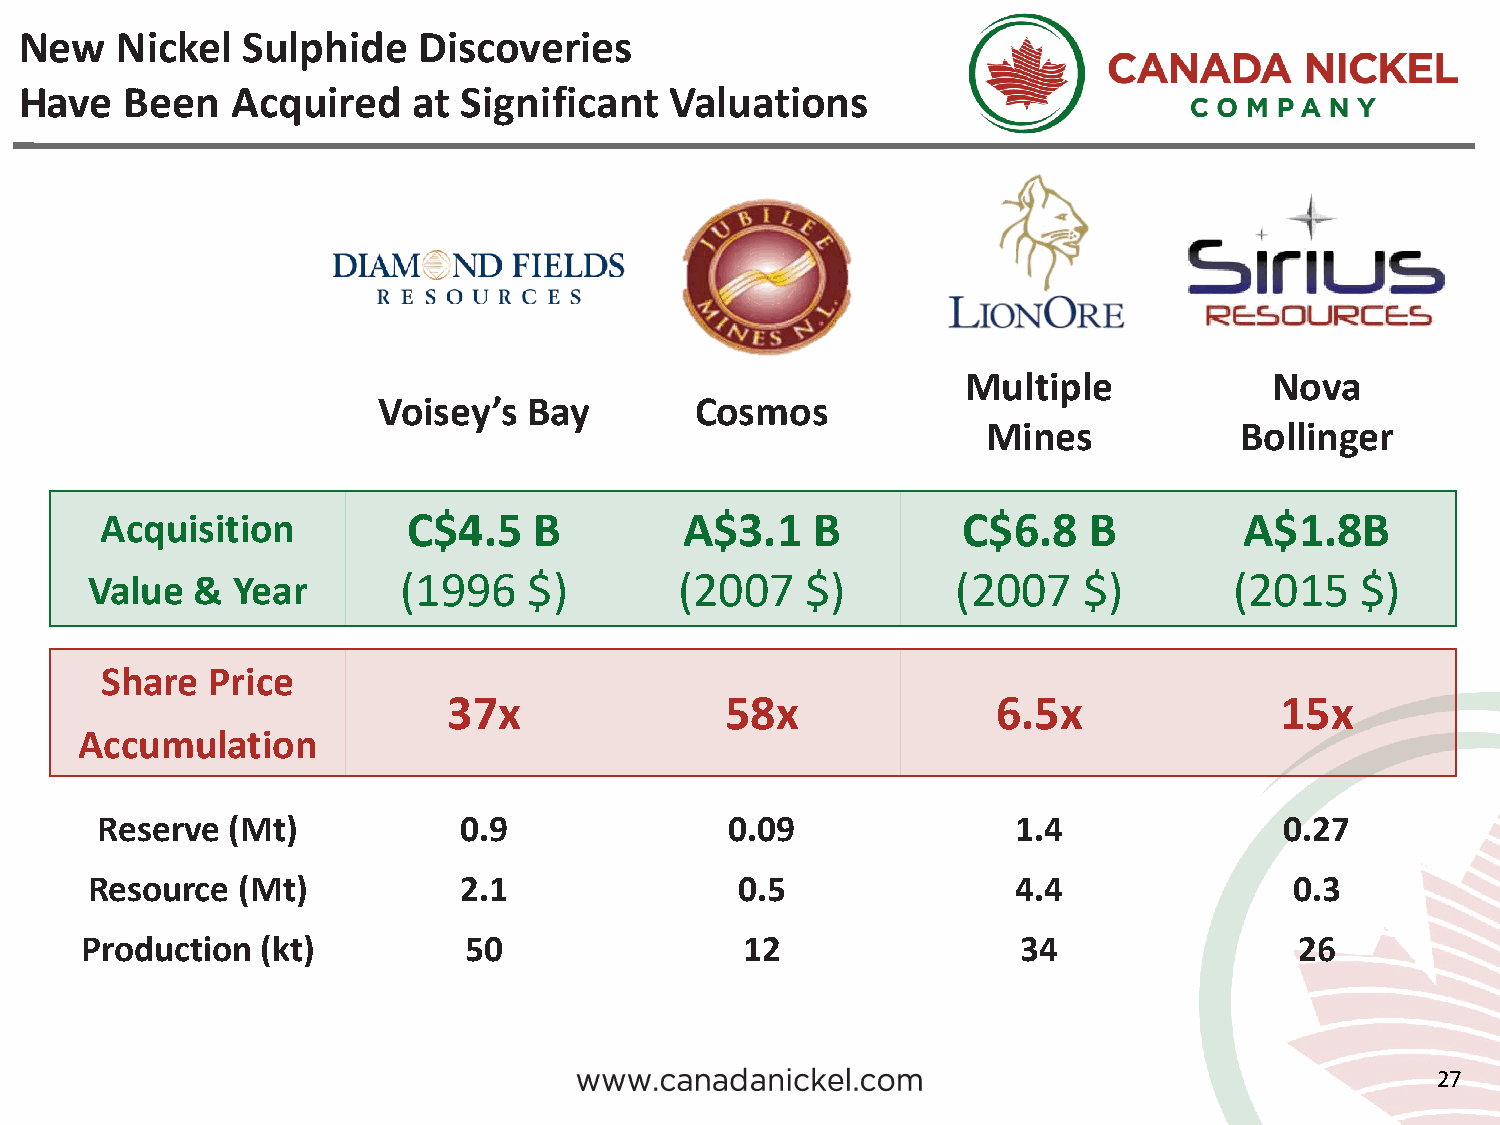
New    Nickel  Sulphide    Discoveries
 Have   Been   Acquired    at  Significant  Valuations
 Multiple            Nova
 Voisey’s  Bay        Cosmos
 Mines            Bollinger
 Acquisition         C$4.5   B         A$3.1    B         C$6.8   B         A$1.8B
 Value  & Year       (1996    $)        (2007   $)        (2007    $)        (2015   $)
 Share  Price
 37x               58x               6.5x               15x
 Accumulation
 Reserve  (Mt)           0.9               0.09               1.4               0.27
 Resource  (Mt)          2.1                0.5               4.4                0.3
 Production  (kt)          50                12                 34                26
 27